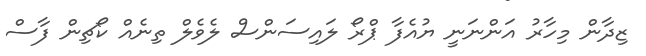
ޒިދާން މިހާރު އަންނަނީ ޔުއެފާ ޕްރޯ ލައިސަންސް ލެވެލް ތިނެއް ކޯޗިން ފާސް